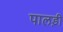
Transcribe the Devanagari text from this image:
पालड़ी